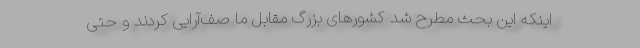
اینکه این بحث مطرح شد کشور‌های بزرگ مقابل ما صف‌آرایی کردند و حتی